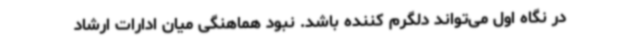
در نگاه اول می‌تواند دلگرم کننده باشد. نبود هماهنگی میان ادارات ارشاد